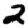
Digit: 2